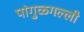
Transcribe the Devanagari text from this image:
पांगुळगल्ली